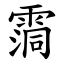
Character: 霘